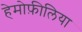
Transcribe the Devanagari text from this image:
हेमोफ़ीलिया